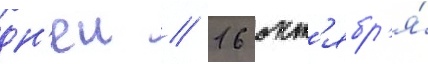
дн'еи // 16 окт'ябр'я́